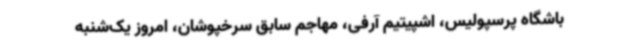
باشگاه پرسپولیس، اشپیتیم آرفی، مهاجم سابق سرخپوشان، امروز یک‌شنبه